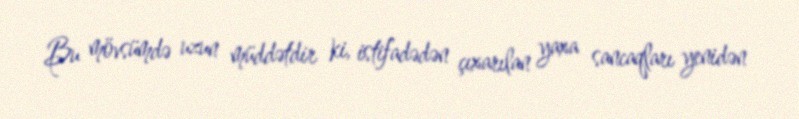
Bu mövsümdə uzun müddətdir ki, istifadədən çıxarılan yaxa sancaqları yenidən